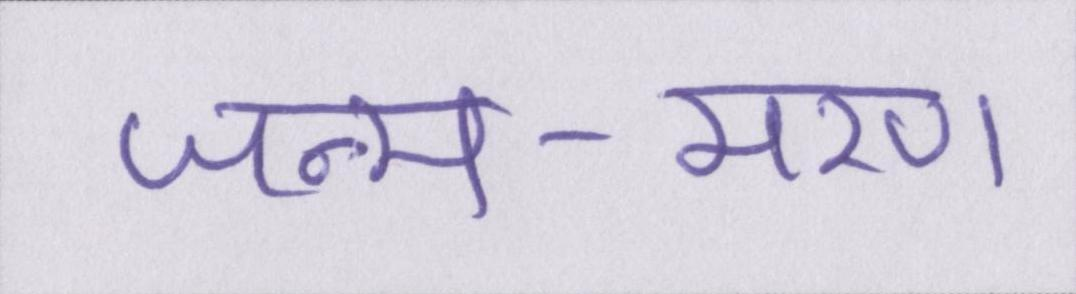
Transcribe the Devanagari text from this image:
जन्म-मरण